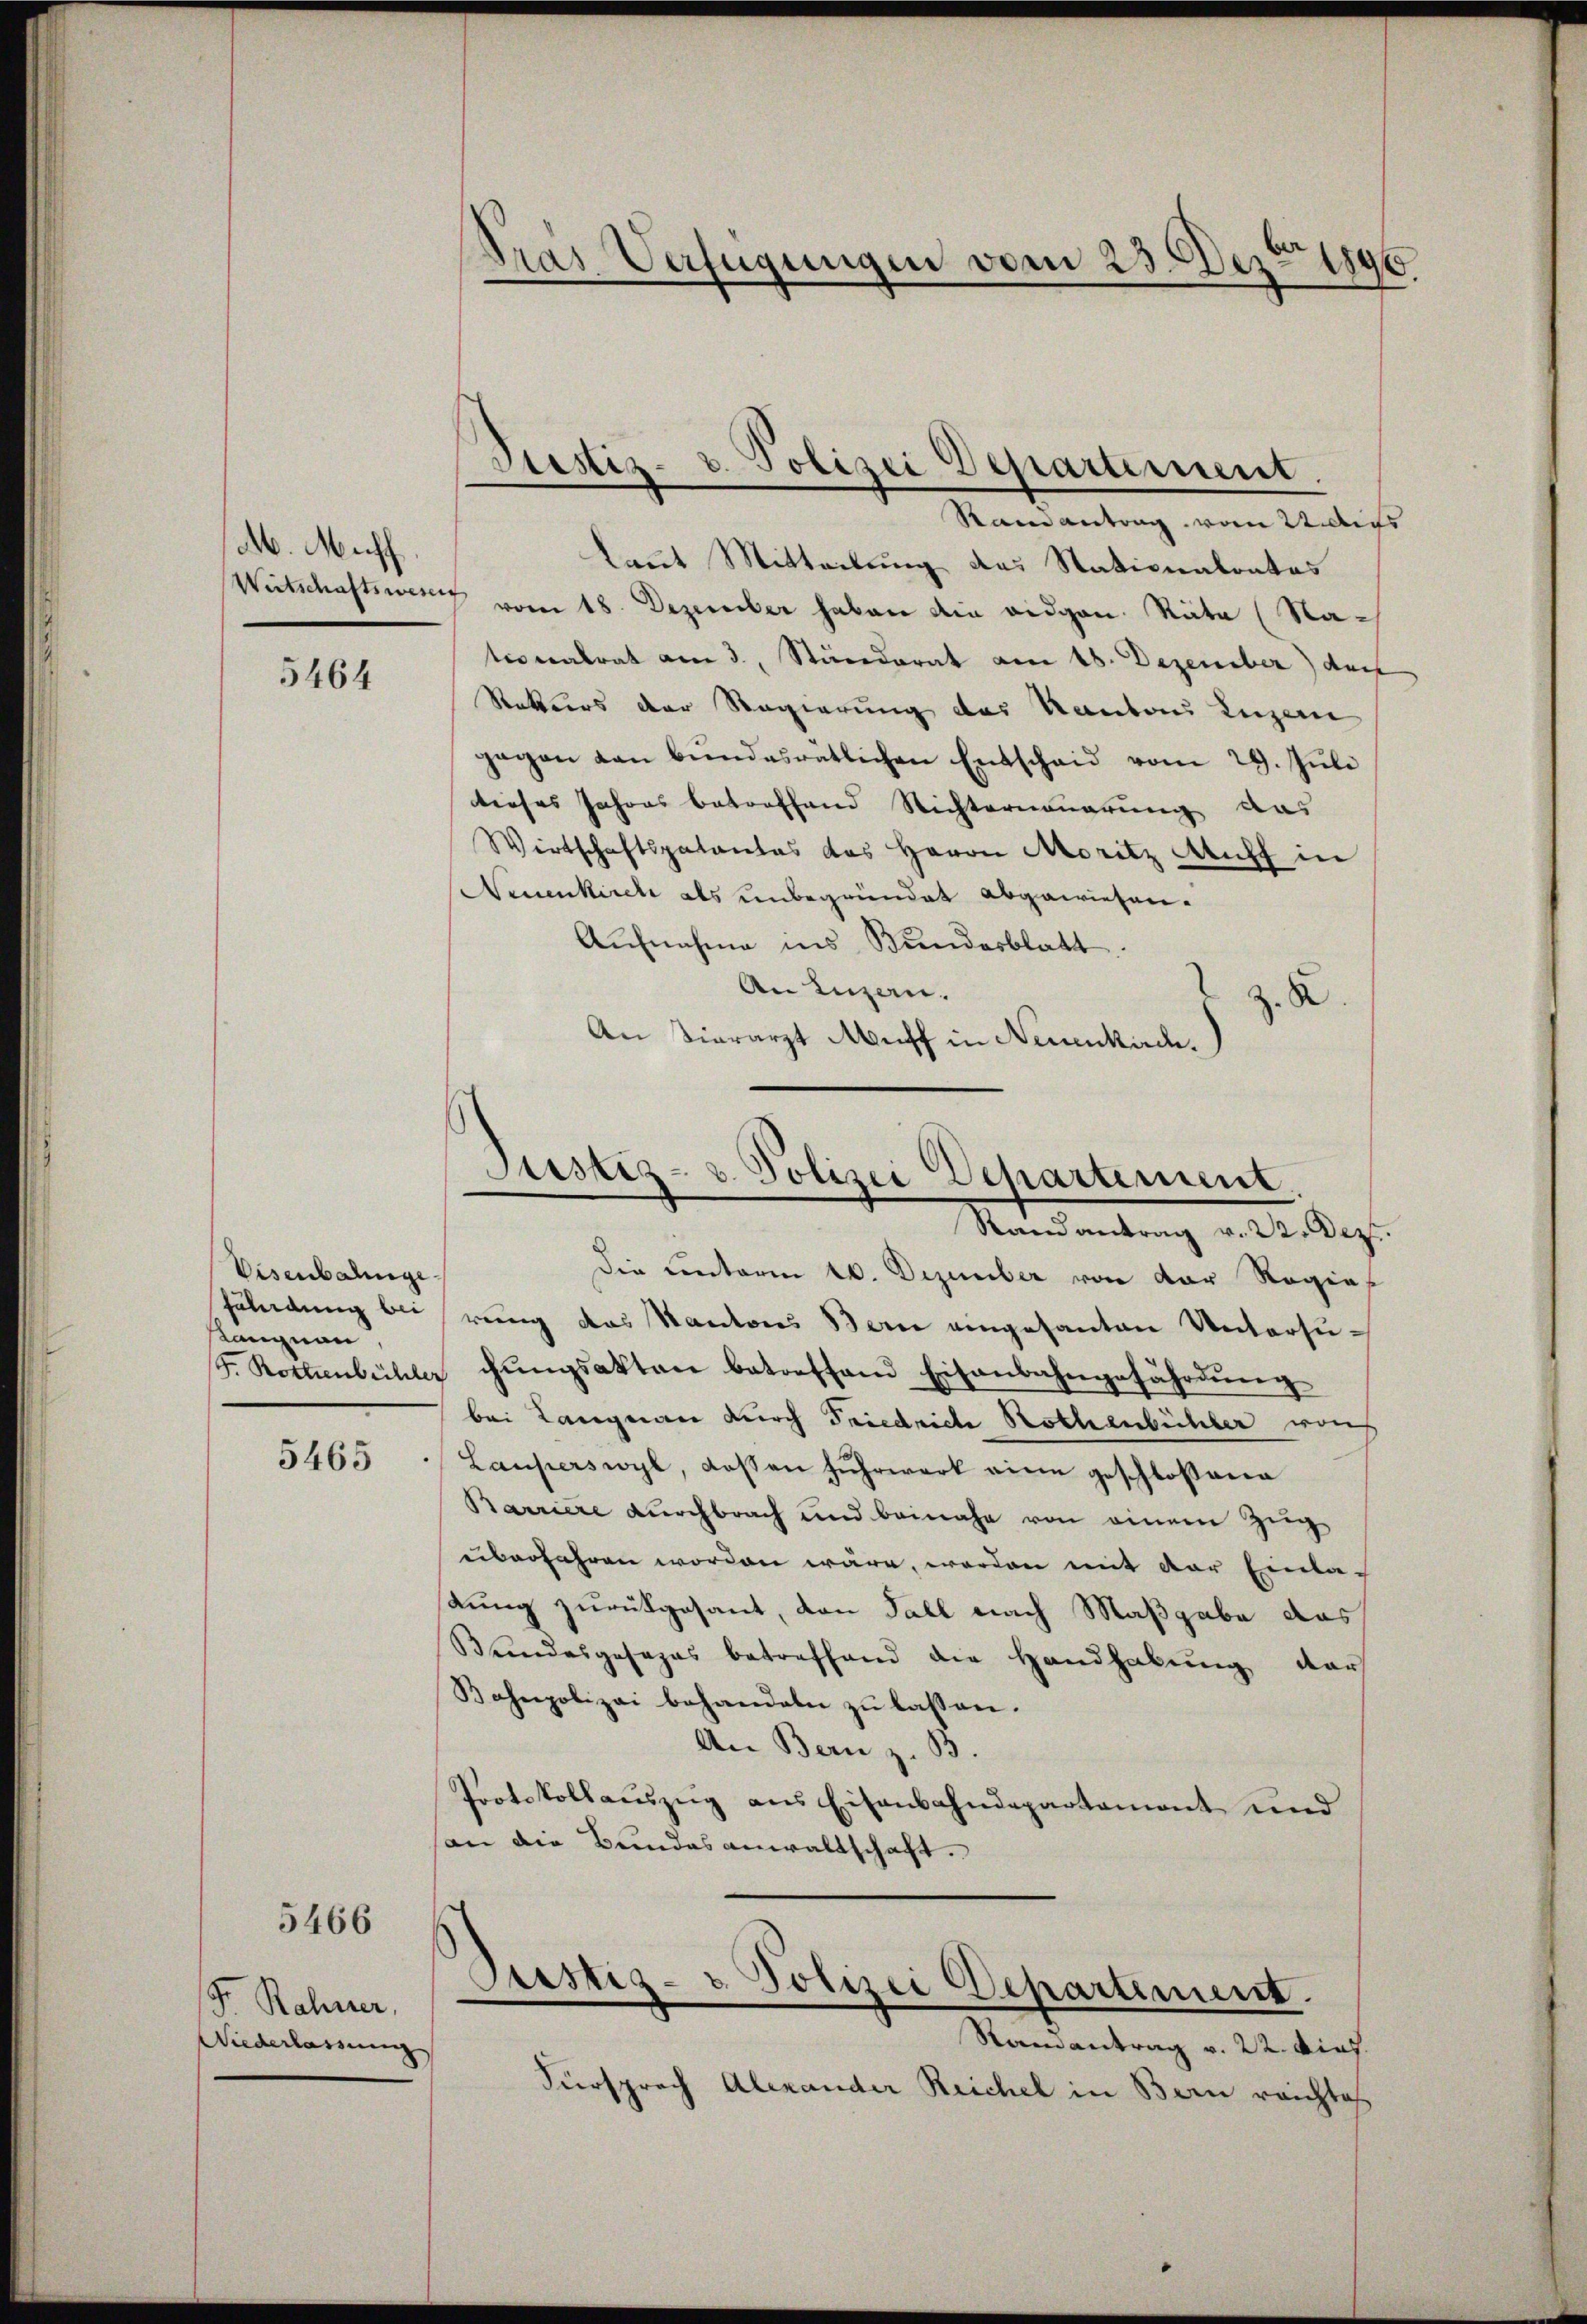
M. Muff

5464

Visenbahnge
Kangnau

5465

5466

Fr. Rahner,
Wiederlassung

Dras Verfügungen vom 23. Dez. 1890.

Ramantrag vom 22. Aus
kannt Mitteilung das Stationalrates
Weitschaftswert vom 18. Dezember haben die eidgen. Räte (Nationalrat am 3. Ständerat am 18. Dezember) doc
Rekurs der Regierung des Kanton Luzer
gegen dan bŭndesrätlichen Entschaid vom 29. Juli
dieses Jahres betreffend Richterneuerung das
Wirtschaftspatentes das Herrn Moritz Auff in
Neuenkirch als unbegründet abgewiesen.
Aufnahme ins Bundesblatt.
An Luzern.
z. B.
An Tierarzt Muff in Neuenkad.

Justiz- u. Polizei Departement.

Justiz- u. Polizei Departement.

Randantrag v. 22. Dez.
Die unterm 20. Dezember von der Regie¬
Zulndung bei rung das Kantons Bern eingesanten Untersu¬
S. Rothenbühler chungsakten betreffend Eisenbahngefährdung
bei Langnau durch Friedrich Rothenbühler von
Lauperswyl, dassen Fuhrwerk eine geschlossena
Barriere durchbrach und beinahe von einem Zug
überfahren worden wäre, worden mit der Einlakung zurückgesant, den Fall nach Maßgabe das
Bŭndesgesezes betreffend die Handhabŭng der
Bahnpolizei behandeln zu lassen.
An Bern z. B.
Protokollauszeig aus Eisenbahndepartament und
an die Bundesanwaltschaft.

Justiz- & Polizei Departement.

Ramantrag v. 22. Dief.
Fürsprach Alexander Reichel in Bern reichtes